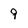
Character: 9